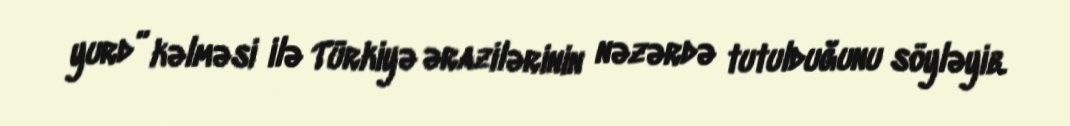
yurd” kəlməsi ilə Türkiyə ərazilərinin nəzərdə tutulduğunu söyləyib.